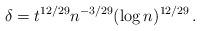
LaTeX: \begin{align*}\delta = t^{12/29} n^{-3/29} (\log n)^{12/29}\, .\end{align*}